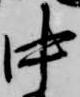
中